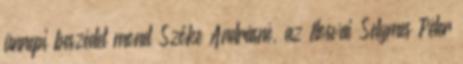
ünnepi beszédet mond Szőke Andrásné, az Ilosvai Selymes Péter